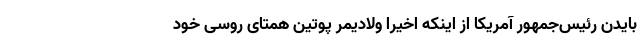
بایدن رئیس‌جمهور آمریکا از اینکه اخیراً ولادیمر پوتین همتای روسی خود